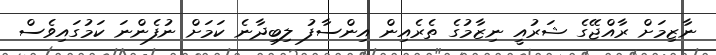
ނާޒިމަށް ރާއްޖޭގެ ޝަރުއީ ނިޒާމުގެ ތެރެއިން އިންސާފު ލިބިދާނެ ކަމަށް ނުފެންނަ ކަމުގައިވެސް